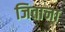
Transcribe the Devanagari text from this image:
जिताना